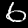
Label: 6